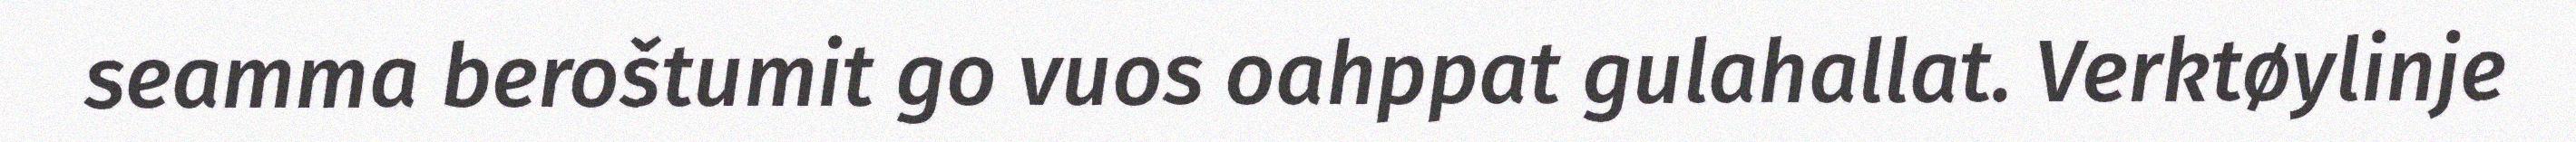
seamma beroštumit go vuos oahppat gulahallat. Verktøylinje